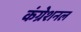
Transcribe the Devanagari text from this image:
कंग्रेशनल